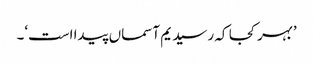
’بہر کجا کہ رسید یم آسماں پیدا است‘۔